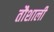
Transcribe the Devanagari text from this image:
तौशाली